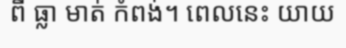
ពី ធ្លា មាត់ កំពង់។ ពេលនេះ យាយ